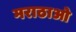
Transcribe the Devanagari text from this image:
मराठाओ